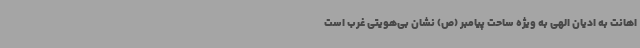
اهانت به ادیان الهی به ویژه ساحت پیامبر (ص) نشان بی‌هویتی غرب است